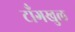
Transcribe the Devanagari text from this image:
टाँगखुल